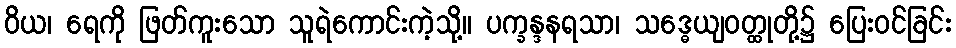
ဝိယ၊ ရေကို ဖြတ်ကူးသော သူရဲကောင်းကဲ့သို့။ ပက္ခန္ဒနရသာ၊ သဒ္ဓေယျဝတ္ထုတို့၌ ပြေးဝင်ခြင်း